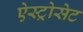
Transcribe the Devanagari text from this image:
ऐस्ट्रोसेट